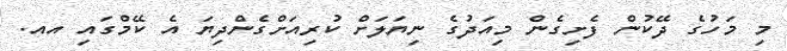
މި މަހުގެ ދޭކުން ފެށިގެން މިއަދުގެ ނިޔަލަށް ކުރިއަށްގެންދިޔަ އެ ކޭމްގައި އއ.